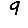
Digit: 9